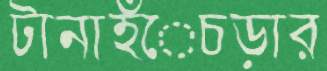
টানাহঁেচড়ার